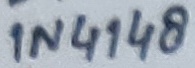
Text: 1N4148